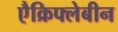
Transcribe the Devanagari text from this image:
एैक्रिफ्लेबीन